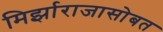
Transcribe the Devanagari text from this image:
मिर्झाराजासोबत